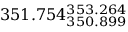
3 5 1 . 7 5 4 _ { 3 5 0 . 8 9 9 } ^ { 3 5 3 . 2 6 4 }